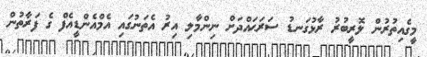
މީގެއިތުރުން ލޮރީބުރު ރާޅުގަނޑު ސަރަޙައްދަށް ނިންމާލި އިރު އެތަނުގައި އެމްއެންޑީއެފް ގެ ފަރާތުން